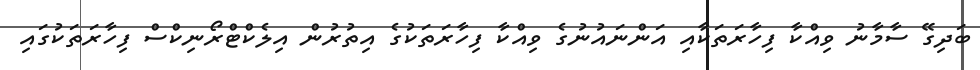
ބަދިގޭ ސާމާނު ވިއްކާ ފިހާރަތަކާއި އަންނައުނުގެ ވިއްކާ ފިހާރަތަކުގެ އިތުރުން އިލެކްޓްރޯނިކްސް ފިހާރަތަކުގައި